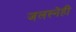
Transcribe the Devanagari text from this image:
जलस्नेही